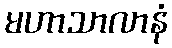
မဟာသာလာနံ